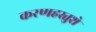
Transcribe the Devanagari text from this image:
करणहस्तुशे